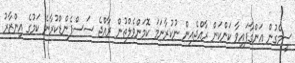
ސީމެގުން އަންގާފައިވާ ކަންކަން ރާއްޖެއިން ނުކުރާނަމަ ކޮމަންވެލްތުން ރާއްޖެ ސަސްޕެންޑްކުރާނެ ކަމުގެ އިންޒާރު